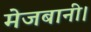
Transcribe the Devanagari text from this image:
मेजबानी।